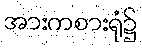
အားကစားရုံ၌